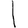
Digit: 1